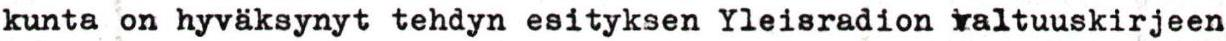
kunta on hyväksynyt tehdyn esityksen Yleisradion valtuuskirjeen